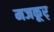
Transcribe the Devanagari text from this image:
मजकूर्